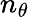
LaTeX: n_{\theta}